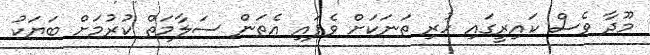
މޫދާ ވެސް ކައިރީގައި ހުރި ތަނަކަށް ވެފައި އެތަން ސަލާމަތް ކުރުމަށް ބަޔަކު